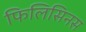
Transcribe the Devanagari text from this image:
फिलिसिनस